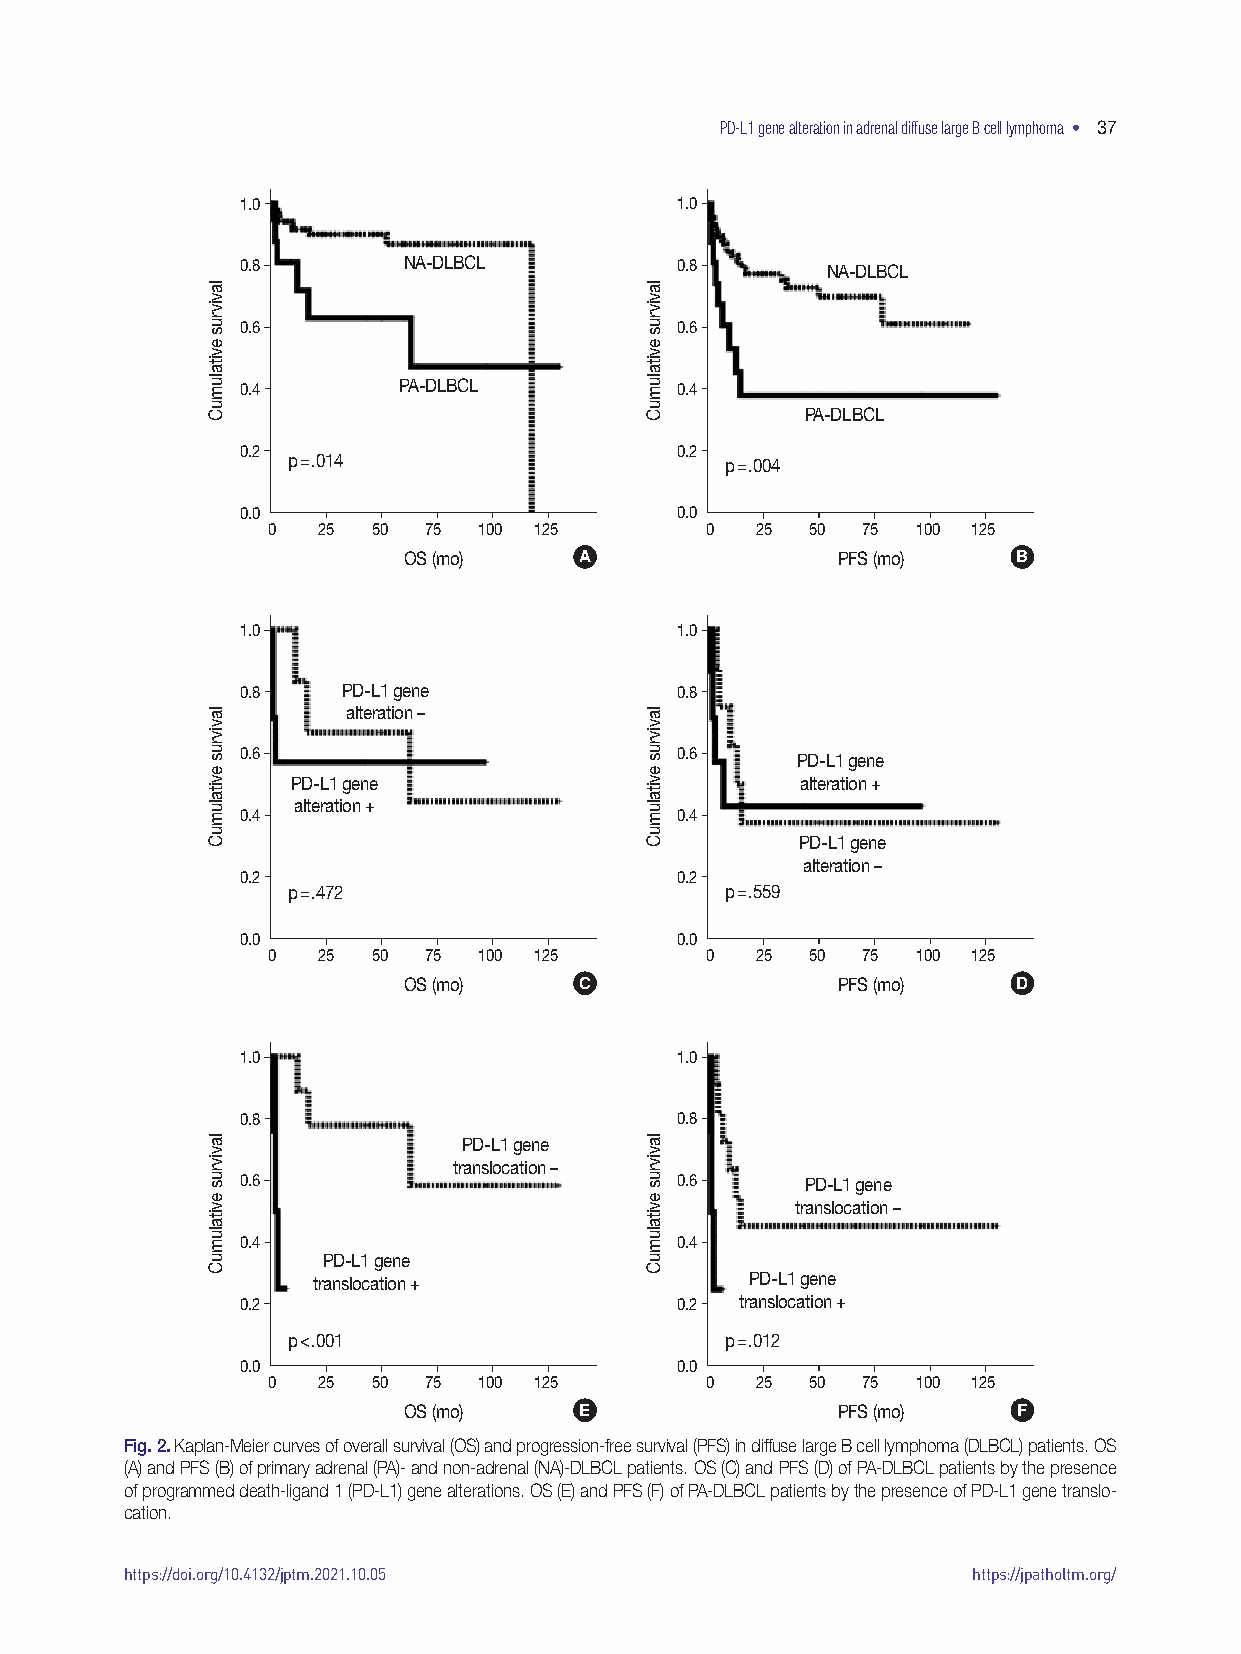
PD-L1 gene alteration in adrenal diffuse large B cell lymphoma • 37
 1.0                          1.0
 0.8        NA-DLBCL          0.8       NA-DLBCL
 0.6                          0.6
 0.4       PA-DLBCL           0.4
 PA-DLBCL
 0.2                          0.2
 p = .014                     p = .004
 0.0                          0.0
 0  25  50 75  100 125        0  25  50 75  100 125
 OS (mo)    A                PFS (mo)    B
 1.0                          1.0
 0.8    PD-L1 gene            0.8
 alteration –
 0.6                          0.6     PD-L1 gene
 PD-L1 gene                        alteration +
 alteration +
 0.4                          0.4
 PD-L1 gene
 alteration –
 0.2                          0.2
 p=.472                       p=.559
 0.0                          0.0
 0  25  50 75  100 125        0  25  50 75  100 125
 OS (mo)    C                PFS (mo)    D
 1.0                          1.0
 0.8                          0.8
 PD-L1 gene
 translocation –
 0.6                          0.6     PD-L1 gene
 translocation –
 0.4                          0.4
 PD-L1 gene
 translocation +              PD-L1 gene
 0.2                          0.2 translocation +
 p<.001                       p=.012
 0.0                          0.0
 0  25  50 75  100 125        0  25  50 75  100 125
 OS (mo)    E                PFS (mo)    F
 Fig. 2. Kaplan-Meier curves of overall survival (OS) and progression-free survival (PFS) in diffuse large B cell lymphoma (DLBCL) patients. OS
 (A) and PFS (B) of primary adrenal (PA)- and non-adrenal (NA)-DLBCL patients. OS (C) and PFS (D) of PA-DLBCL patients by the presence
 of programmed death-ligand 1 (PD-L1) gene alterations. OS (E) and PFS (F) of PA-DLBCL patients by the presence of PD-L1 gene translo-
 cation.
 https://doi.org/10.4132/jptm.2021.10.05                 https://jpatholtm.org/
 lavivrus
 evitalumuC
 lavivrus
 evitalumuC
 lavivrus
 evitalumuC
 lavivrus
 evitalumuC
 lavivrus
 evitalumuC
 lavivrus
 evitalumuC